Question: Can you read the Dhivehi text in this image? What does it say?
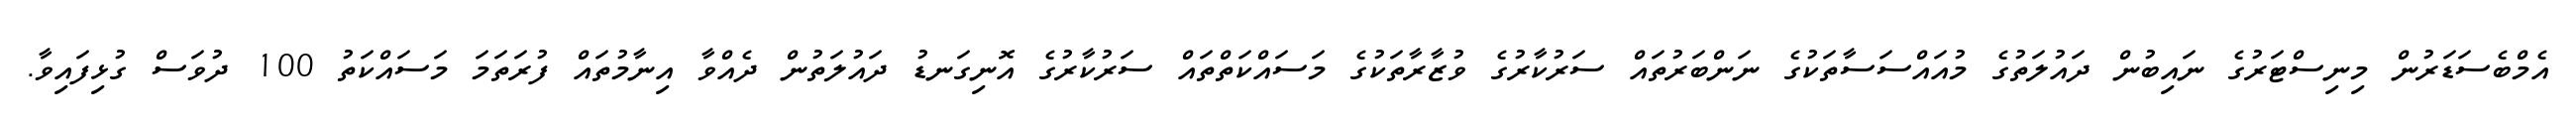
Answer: އެމްބެސަޑަރުން މިނިސްޓަރުގެ ނައިބުން ދައުލަތުގެ މުއައްސަސާތަކުގެ ނަންބަރުތައް ސަރުކާރުގެ ވުޒާރާތަކުގެ މަސައްކަތްތައް ސަރުކާރުގެ އޮނިގަނޑު ދައުލަތުން ދެއްވާ އިނާމުތައް ފުރަތަމަ މަސައްކަތު 100 ދުވަސް ގުޅިފައިވާ.